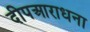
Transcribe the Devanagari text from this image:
दीपआराधना